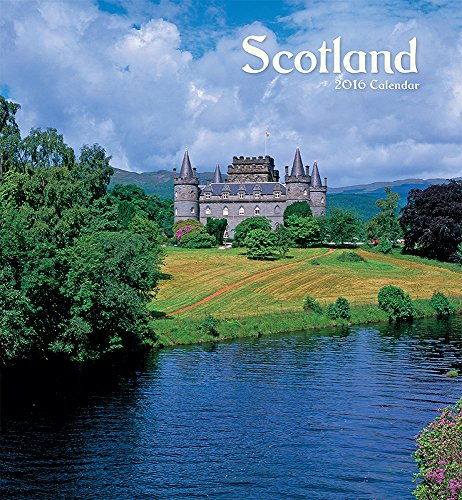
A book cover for Scotland 2016 Calendar; Travel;